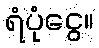
ရံပုံငွေ။